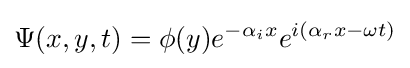
\Psi (x,y,t)=\phi (y)e^{-\alpha _{i}x}e^{i(\alpha _{r}x-\omega t)}